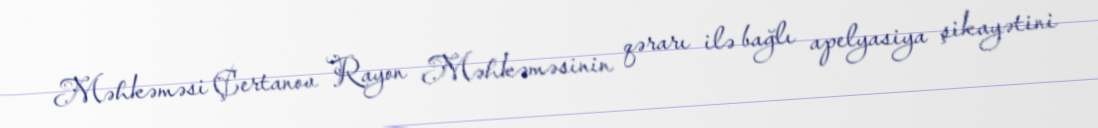
Məhkəməsi Çertanov Rayon Məhkəməsinin qərarı ilə bağlı apelyasiya şikayətini